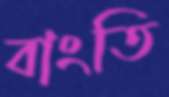
বাংতি